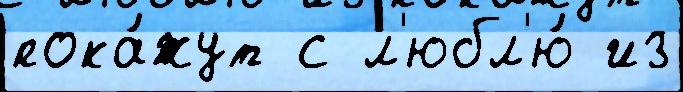
пока́жут с л'юбл'ю́ из